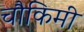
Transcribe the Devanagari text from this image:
चौकिमी